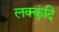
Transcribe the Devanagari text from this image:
लक्कुंदि